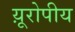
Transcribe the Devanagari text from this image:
य़ूरोपीय